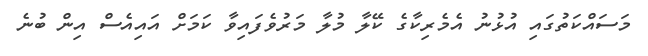
މަސައްކަތުގައި އުޅުނު އެމެރިކާގެ ކޭލާ މުލާ މަރުވެފައިވާ ކަމަށް އައިއެސް އިން ބުނެ